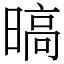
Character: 𣉞